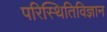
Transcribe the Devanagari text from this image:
परिस्थितिविज्ञान